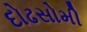
દોઢસોમી